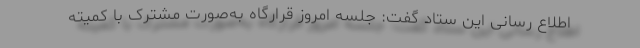
اطلاع رسانی این ستاد گفت: جلسه امروز قرارگاه به‌صورت مشترک با کمیته